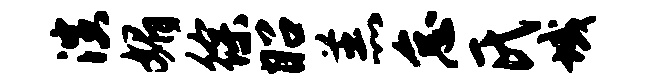
演媚徐昭羔怠氏域